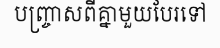
បញ្ច្រាសពីគ្នាមួយបែរទៅ